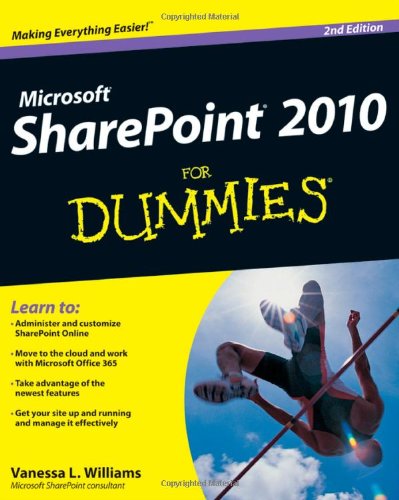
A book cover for SharePoint 2010 For Dummies; Vanessa L. Williams; Computers & Technology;